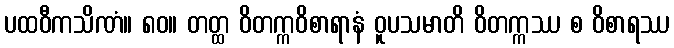
ပထဝီကသိဏံ။ ၈၀။ တတ္ထ ဝိတက္ကဝိစာရာနံ ဝူပသမာတိ ဝိတက္ကဿ စ ဝိစာရဿ